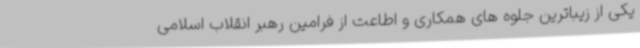
یکی از زیباترین جلوه های همکاری و اطاعت از فرامین رهبر انقلاب اسلامی